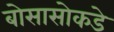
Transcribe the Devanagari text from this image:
बोसासोकडे